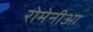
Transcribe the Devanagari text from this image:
रोमेनीआ